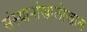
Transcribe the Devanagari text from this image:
संस्थानांखालोखाल